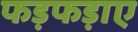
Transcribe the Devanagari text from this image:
फड़फड़ाए